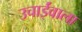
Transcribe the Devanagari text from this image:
उचाईंवाला